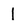
Character: 1